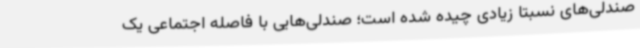
صندلی‌های نسبتا زیادی چیده شده است؛ صندلی‌هایی با فاصله اجتماعی یک